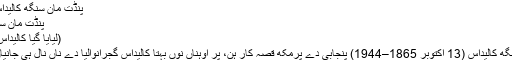
پنڈت مان سنگھ کالیداس - وکیپیڈیا
پنڈت مان سنگھ کالیداس
(لیایا گیا کالیداس گجرانوالیا)
پنڈت مان سنگھ کالیداس (13 اکتوبر 1865–1944) پنجابی دے پرمکھ قصہ کار ہن، پر اوہناں نوں بہتا کالیداس گجرانوالیا دے ناں نال ہی جانیاں جاندا اے ۔